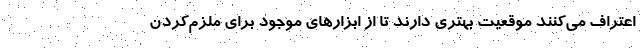
اعتراف می‌کنند موقعیت بهتری دارند تا از ابزارهای موجود برای ملزم‌کردن